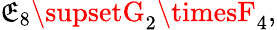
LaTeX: \mathfrak{E}_{8}\supsetG_{2}\timesF_{4},